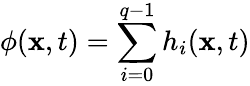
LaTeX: \phi(\mathbf{x},t)=\sum_{i=0}^{q-1}h_{i}(\mathbf{x},t)